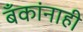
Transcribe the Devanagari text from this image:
बँकांनाही